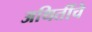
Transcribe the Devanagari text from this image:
अथितींचे